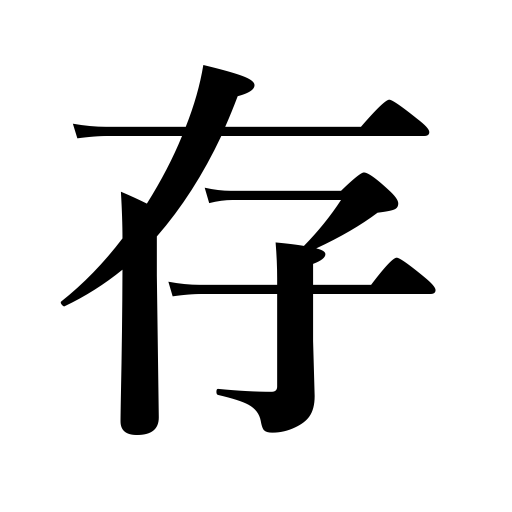
Meanings: be aware of,believe,be acquainted with,feel,know,think